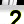
Digit: 2